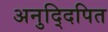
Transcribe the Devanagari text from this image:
अनुद्दिपित